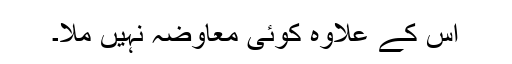
اس کے علاوہ کوئی معاوضہ نہیں ملا۔